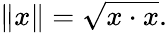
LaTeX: \| x\| ={\sqrt{x\cdot x}}.